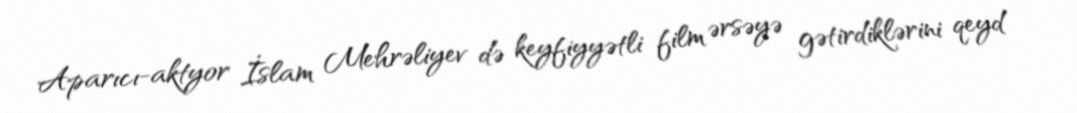
Aparıcı-aktyor İslam Mehrəliyev də keyfiyyətli film ərsəyə gətirdiklərini qeyd